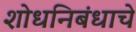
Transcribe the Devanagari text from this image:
शोधनिबंधाचे